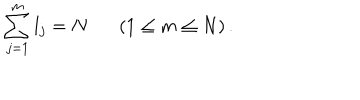
\sum _ { j = 1 } ^ { m } l _ { j } = N ( 1 \leq m \leq N ) \, .